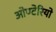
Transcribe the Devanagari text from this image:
ओण्टेरियो